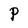
Character: P